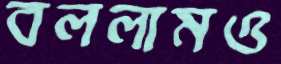
বললামও